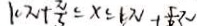
1 0 \pi + \frac { \pi } { 3 } \leq x \leq k \pi + \frac { 5 } { 6 } \pi